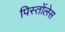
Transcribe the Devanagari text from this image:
पिस्तोंलेस